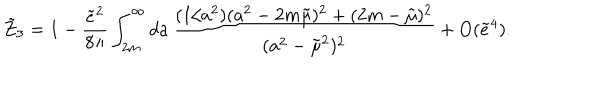
LaTeX: \tilde { Z } _ { 3 } = 1 - \frac { \tilde { e } ^ { 2 } } { 8 \pi } \int _ { 2 m } ^ { \infty } d a \, \frac { ( 1 / a ^ { 2 } ) ( a ^ { 2 } - 2 m \tilde { \mu } ) ^ { 2 } + ( 2 m - \tilde { \mu } ) ^ { 2 } } { ( a ^ { 2 } - \tilde { \mu } ^ { 2 } ) ^ { 2 } } + O ( \tilde { e } ^ { 4 } ) .